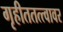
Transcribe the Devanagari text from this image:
गृहीततत्त्वावर